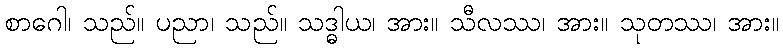
စာဂေါ၊ သည်။ ပညာ၊ သည်။ သဒ္ဓါယ၊ အား။ သီလဿ၊ အား။ သုတဿ၊ အား။